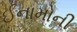
ઈનામોની